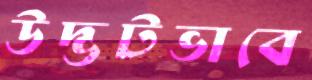
উদ্ভটভাবে